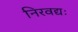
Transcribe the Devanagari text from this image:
निरवद्यः